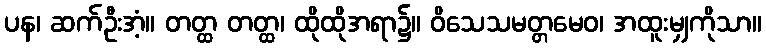
ပန၊ ဆက်ဦးအံ့။ တတ္ထ တတ္ထ၊ ထိုထိုအရာ၌။ ဝိသေသမတ္တမေဝ၊ အထူးမျှကိုသာ။